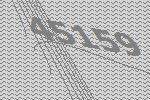
45159